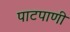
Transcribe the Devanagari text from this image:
पाटपाणी